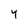
Character: y